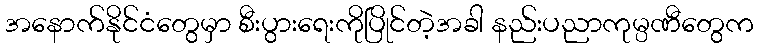
အနောက်နိုင်ငံတွေမှာ စီးပွားရေးကိုပြိုင်တဲ့အခါ နည်းပညာကုမ္ပဏီတွေက